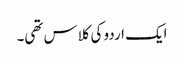
ایک اردو کی کلاس تھی۔